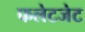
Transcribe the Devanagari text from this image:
फलेटजेट